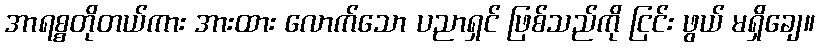
အာရစ္စတိုတယ်ကား အားထား လောက်သော ပညာရှင် ဖြစ်သည်ကို ငြင်း ဖွယ် မရှိချေ။